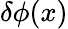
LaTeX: \delta\phi(x)